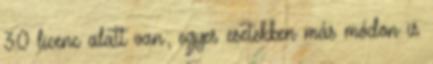
3.0 licenc alatt van; egyes esetekben más módon is